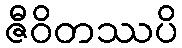
ဇီဝိတဿပိ